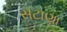
સટાણા